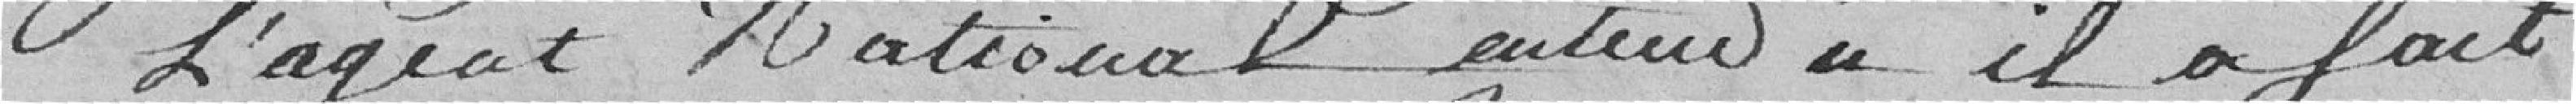
L'agent National entendu qu'il a fait